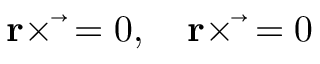
{ \bf \vec { r } } { \bf \times } \vec { \bf \phi } = 0 , \quad { \bf \vec { r } } { \bf \times } \vec { \bf \chi } = 0